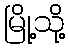
မြို့သို့